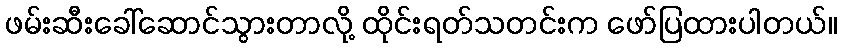
ဖမ်းဆီးခေါ်ဆောင်သွားတာလို့ ထိုင်းရတ်သတင်းက ဖော်ပြထားပါတယ်။